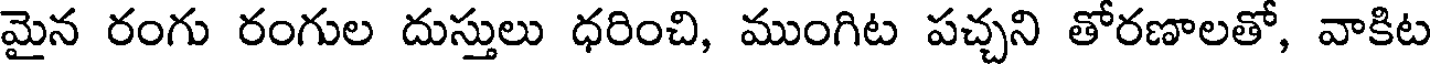
మైన రంగు రంగుల దుస్తులు ధరించి, ముంగిట పచ్చని తోరణాలతో, వాకిట